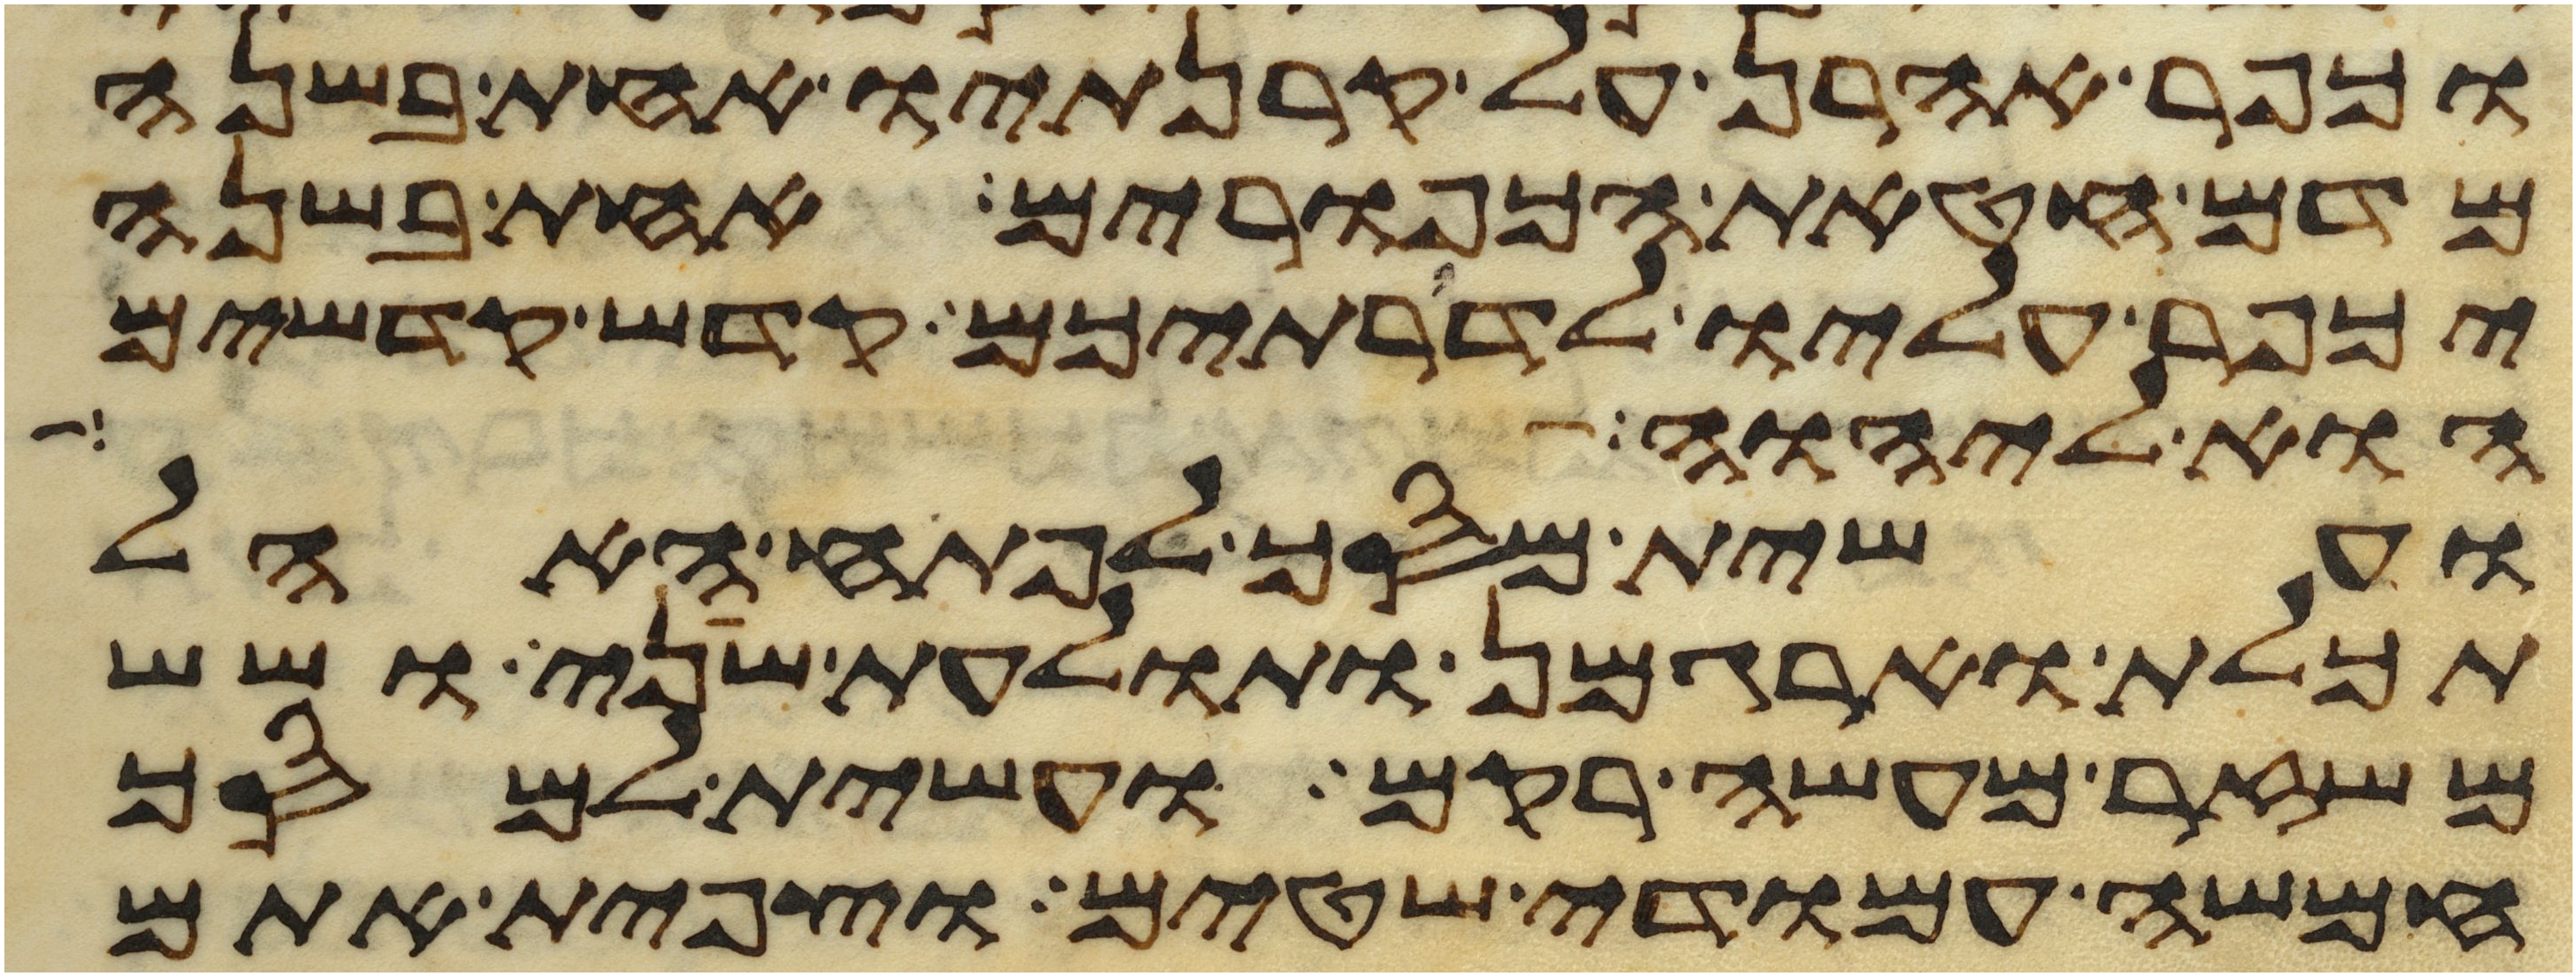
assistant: וכפר אהרן על קרנתיו אחת בשנה
מדם חטאת הכפורים אחת בשנה
יכפר עליו לדרתיכם קדש קדשים
הוא ליהוה אשר
ועשית מסך לפתח האהל
תכלת וארגמן ותולעת שני ושש
משזר מעשה רקם ועשית למסך
חמשה עמודי שטים וצפית אתם